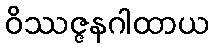
ဝိဿဇ္ဇနဂါထာယ